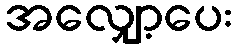
အလျှော့ပေး